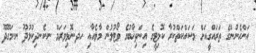
އަންހެނުންގެ ތަރައްގީއަށް މަސައްކަތްކުރާ ކޮމިޓީގެ އިންތިޚާބުގެ ވޯޓުލުން މާލެއާއި ހދ.ނޮޅިވަރަމް ނ.ކެނދިކުޅުދޫ ނ.މަގޫދޫ